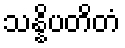
သန္နိပတိတံ